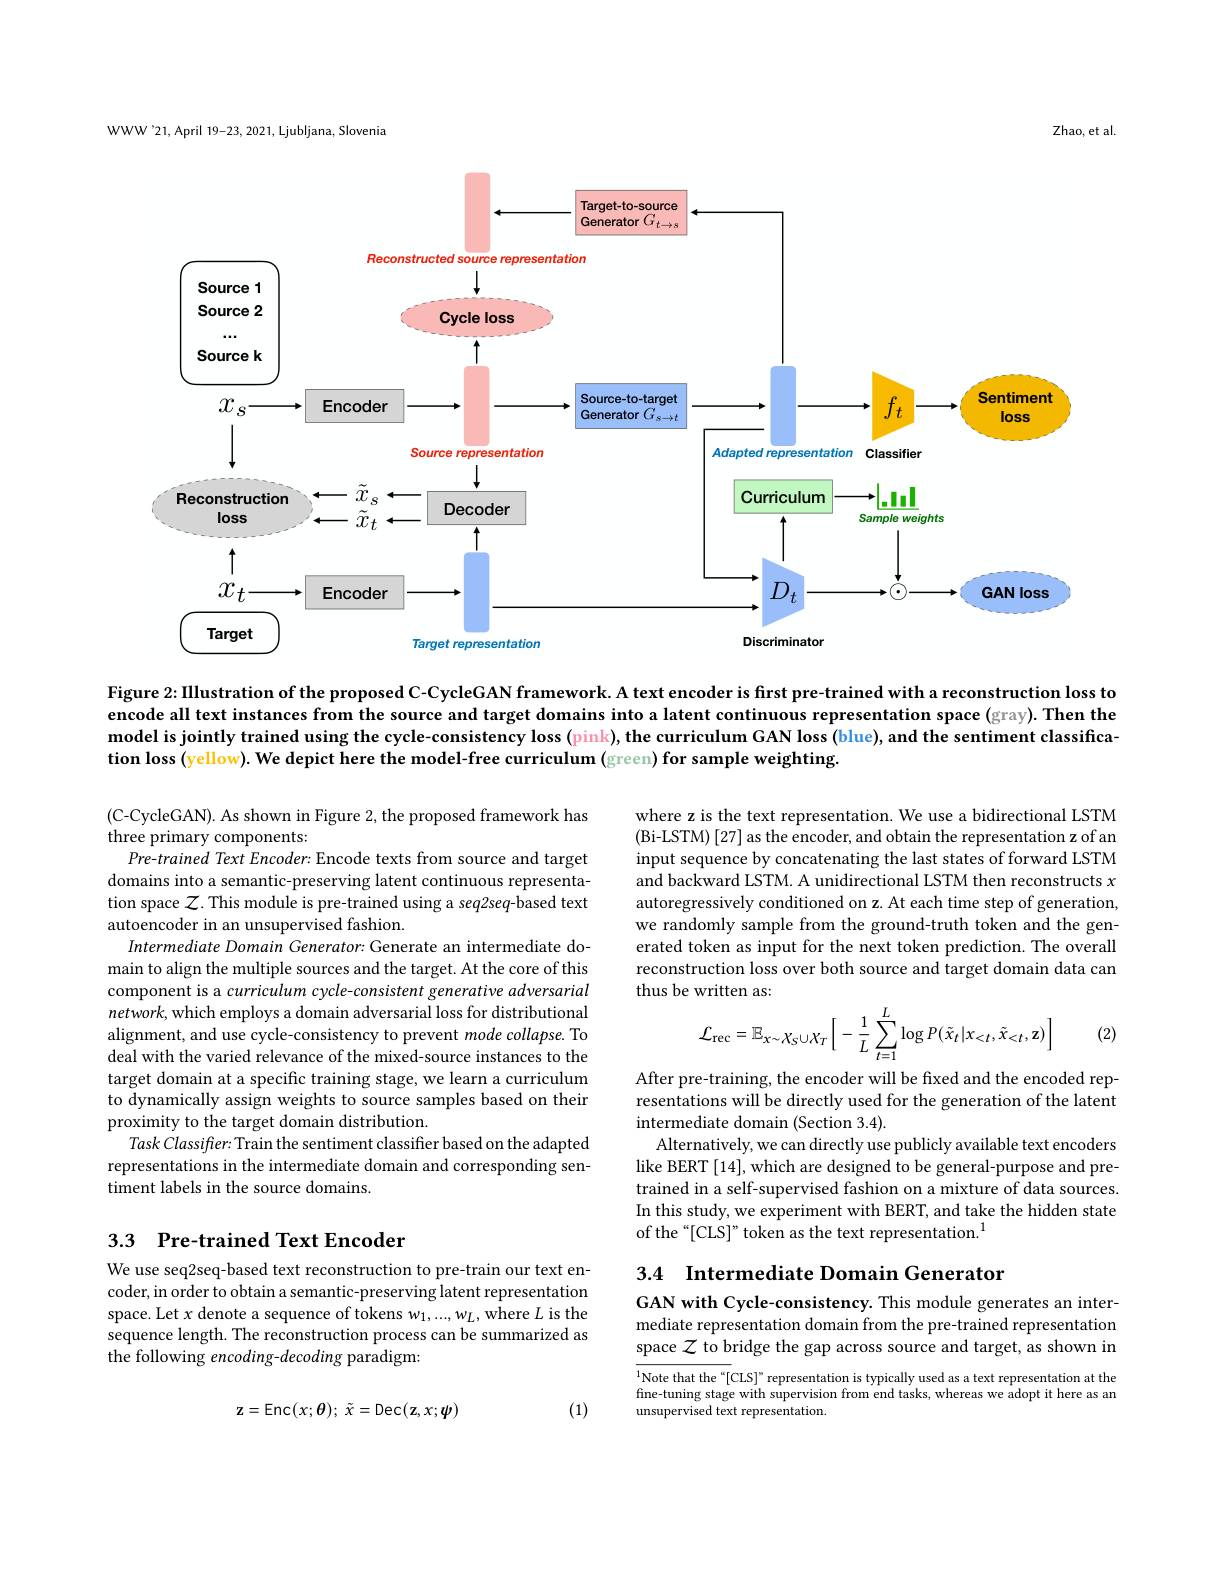
WWW'21,April 19-23, 2021, Ljubljana, Slovenia

Zhao, et al.

<FigureHere>

Figure 2: Illustration of the proposed C-CycleGAN framework. A text encoder is first pre-trained with a reconstruction loss to encode all text instances from the source and target domains into a latent continuous representation space (gray). Then the model is jointly trained using the cycle-consistency loss (pink), the curriculum GAN loss (blue), and the sentiment classification loss (yellow). We depict here the model-free curriculum (green) for sample weighting.

where z is the text representation. We use a bidirectional LSTM (Bi-LSTM)[27] as the encoder, and obtain the representation z of an input sequence by concatenating the last states of forward LSTM and backward LSTM. A unidirectional LSTM then reconstructs $x$ autoregressively conditioned on z. At each time step of generation, we randomly sample from the ground-truth token and the generated token as input for the next token prediction. The overall reconstruction loss over both source and target domain data can thus be written as:
$$\mathcal{L}_{\mathrm{rec}}=\mathbb{E}_{x\sim\chi_{S}\cup\chi_{T}}\bigg[-\frac{1}{L}\sum_{t=1}^{L}\log P(\tilde{x}_{t}|x_{<t},\tilde{x}_{<t},\mathbf{z})\bigg]$$
(C-CycleGAN). As shown in Figure 2, the proposed framework has
three primary components:
Pre-trained Text Encoder: Encode texts from source and target domains into a semantic-preserving latent continuous representation space $\mathcal{Z}$.This module is pre-trained using a seq2seq-based text autoencoder in an unsupervised fashion.
Intermediate Domain Generator: Generate an intermediate domain to align the multiple sources and the target. At the core of this component is a curriculum cycle-consistent generative adversarial $network$, which employs a domain adversarial loss for distributional alignment, and use cycle-consistency to prevent mode collapse. To deal with the varied relevance of the mixed-source instances to the target domain at a specific training stage, we learn a curriculum to dynamically assign weights to source samples based on their proximity to the target domain distribution.
Task Classifier: Train the sentiment classifier based on the adapted representations in the intermediate domain and corresponding sentiment labels in the source domains.

(2)

After pre-training, the encoder will be fixed and the encoded representations will be directly used for the generation of the latent intermediate domain (Section 3.4).
Alternatively, we can directly use publicly available text encoders like BERT [14], which are designed to be general-purpose and pretrained in a self-supervised fashion on a mixture of data sources. In this study, we experiment with BERT, and take the hidden state of the“[CLS]”token as the text representation.$^{1}$

## 3.3 Pre-trained Text Encoder

3.4 Intermediate Domain Generator

We use seq2seq-based text reconstruction to pre-train our text encoder, in order to obtain a semantic-preserving latent representation space. Let $x$ denote a sequence of tokens $w_1,...,w_L$, where $L$ is the sequence length. The reconstruction process can be summarized as the following encoding-decoding paradigm:

GAN with Cycle-consistency. This module generates an intermediate representation domain from the pre-trained representation space $\mathcal{Z}$ to bridge the gap across source and target, as shown in

$\overline{^1\text{Note that the }^\alpha[}$CLS]" representation is typically used as a text representation at the fine-tuning stage with supervision from end tasks, whereas we adopt it here as an unsupervised text representation.

(1)
$$\mathbf{z}=\mathrm{Enc}(x;\boldsymbol{\theta});\:\tilde{x}=\mathrm{Dec}(\mathbf{z},x;\boldsymbol{\psi})$$